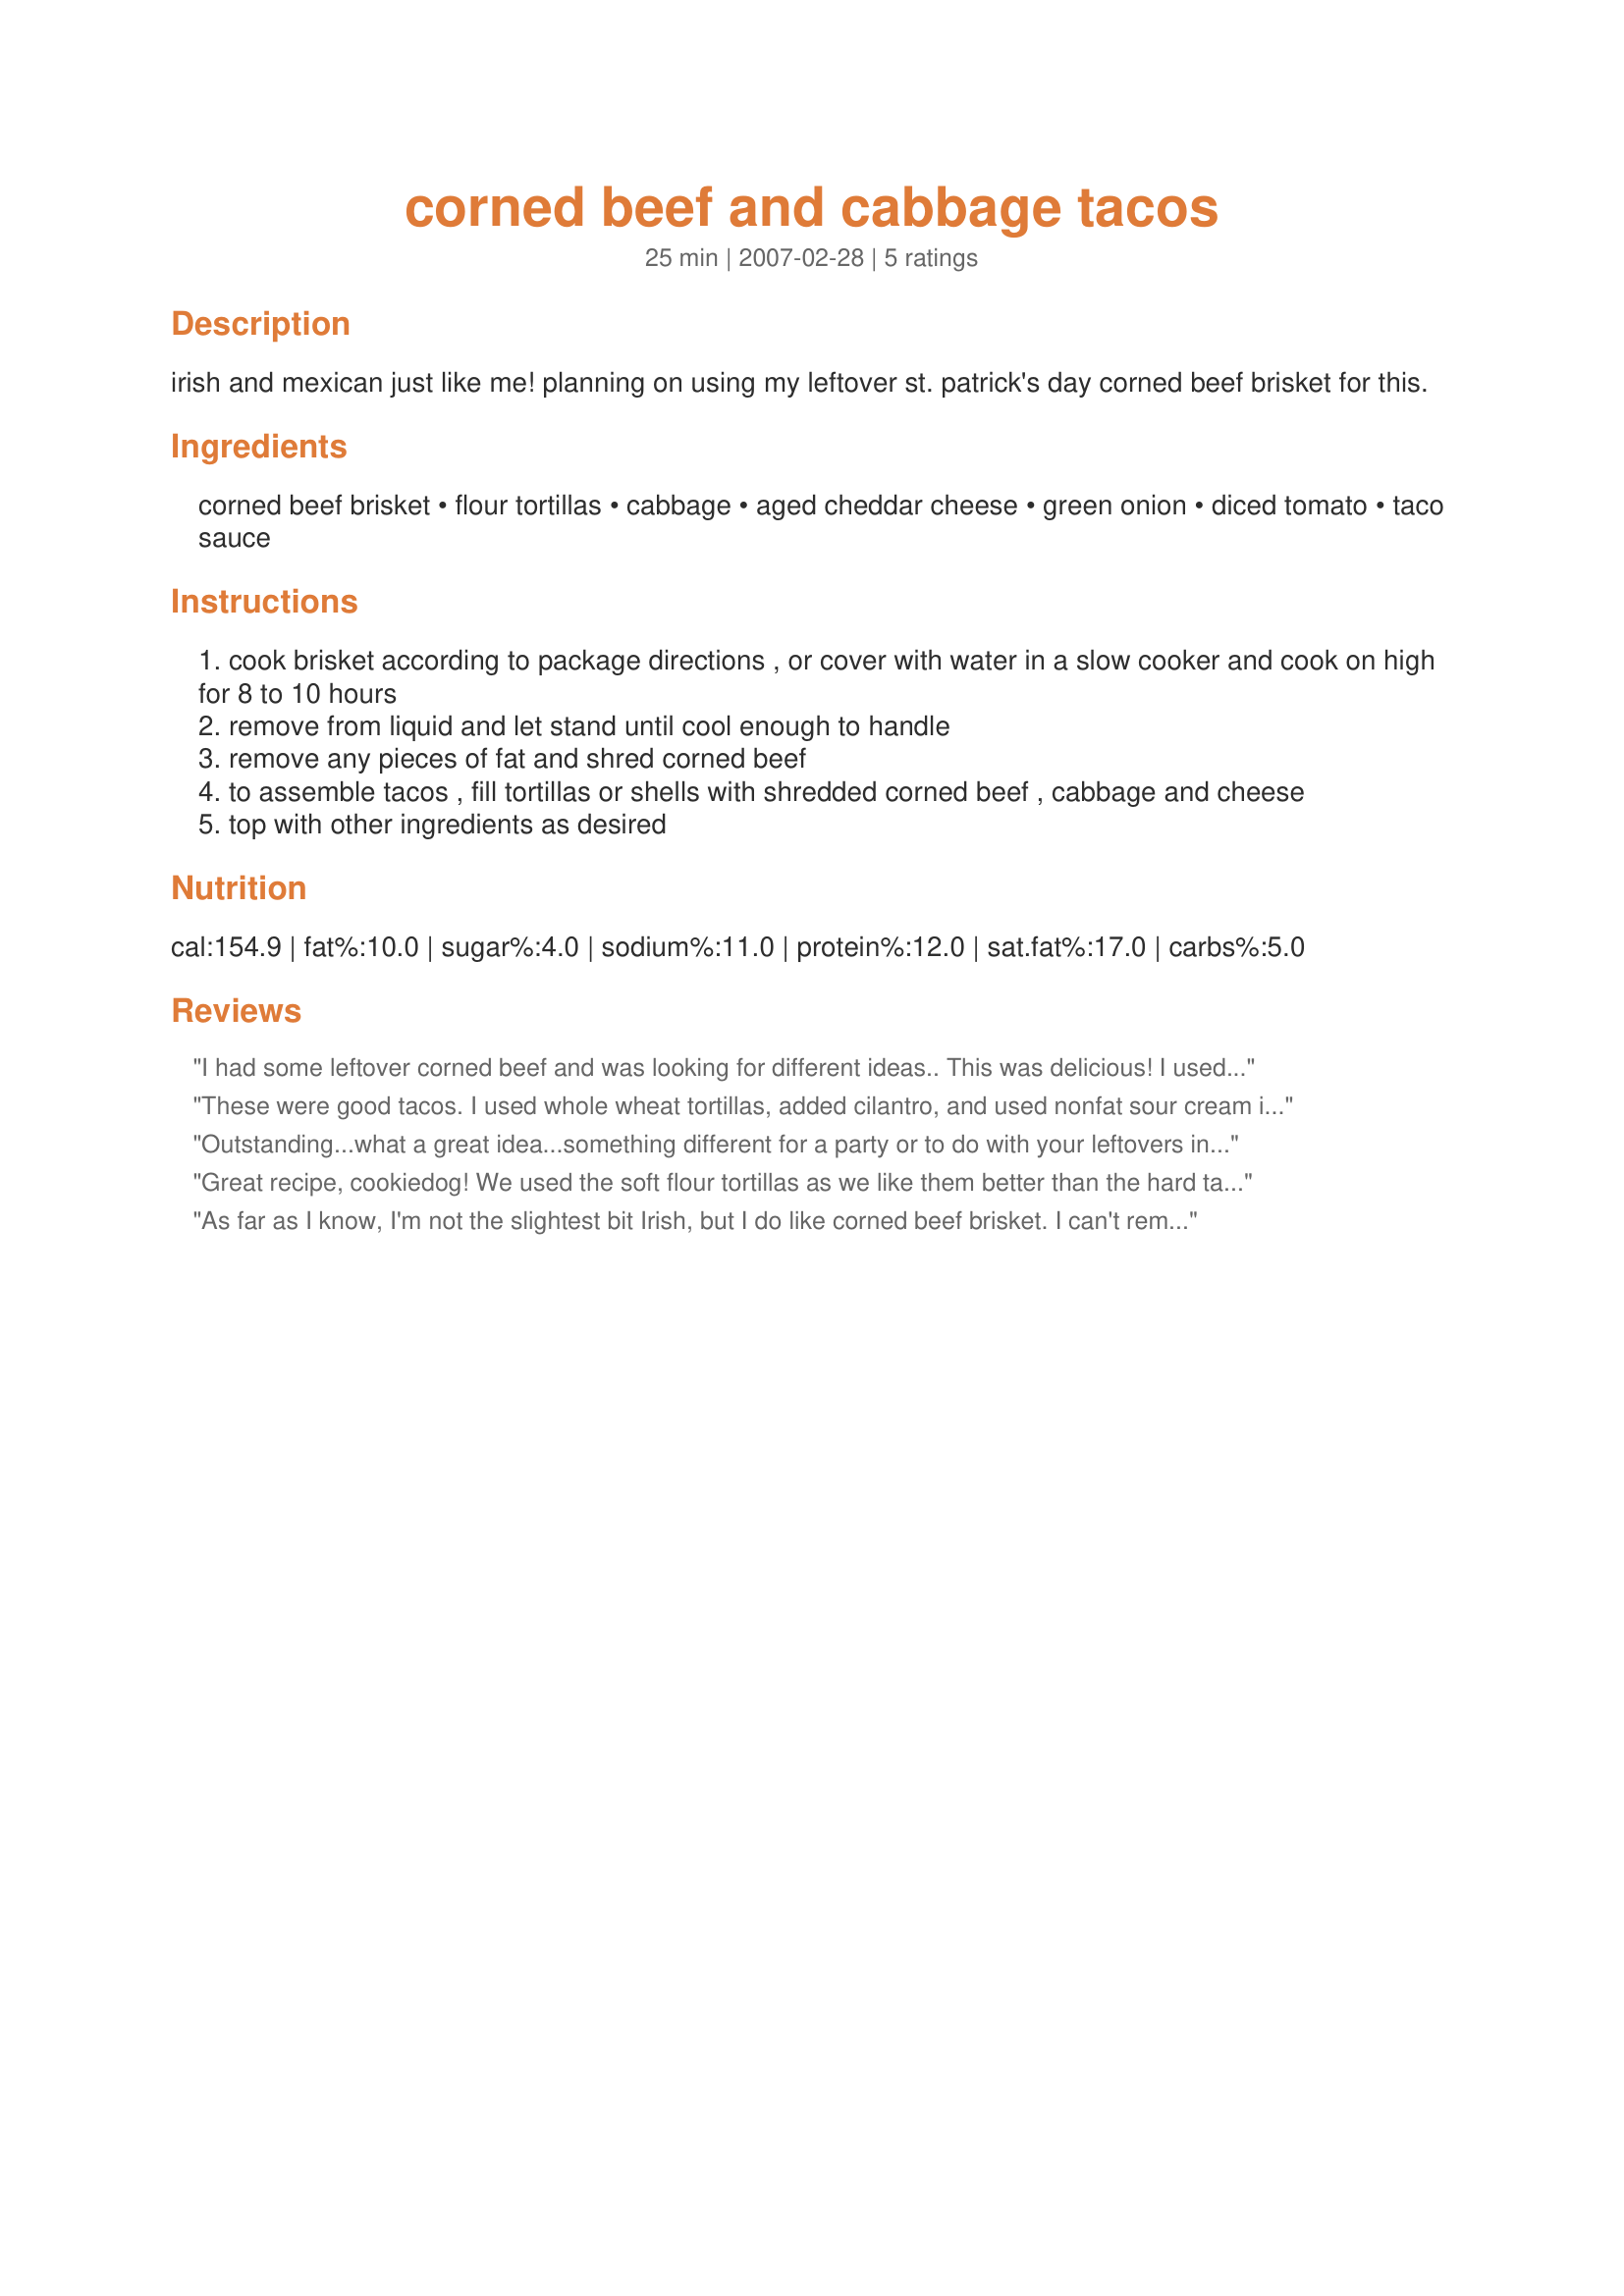
corned beef and cabbage tacos
Preparation time: 25 minutes

irish and mexican just like me! planning on using my leftover st. patrick's day corned beef brisket for this.

Ingredients:
corned beef brisket, flour tortillas, cabbage, aged cheddar cheese, green onion, diced tomato, taco sauce

Steps:
cook brisket according to package directions , or cover with water in a slow cooker and cook on high for 8 to 10 hours
remove from liquid and let stand until cool enough to handle
remove any pieces of fat and shred corned beef
to assemble tacos , fill tortillas or shells with shredded corned beef , cabbage and cheese
top with other ingredients as desired

Reviews:
I had some leftover corned beef and was looking for different ideas.. This was delicious! I used red onion (only because I didn't have any green) Instead of taco sauce, I used horseradish which really complimented the corned beef. Will definitely make these again! Great idea!
These were good tacos. I used whole wheat tortillas, added cilantro, and used nonfat sour cream instead of the cheese. The only thing I would caution on is not overfilling these with the meat, as the saltiness overpowers the other ingredients. Thanks, cookiedog!
Outstanding...what a great idea...something different for a party or to do with your leftovers instead of reuben sandwiches. This would also be a good alternative to traditional corned beef and cabbage if some of your guests are not "meat" people because they could use alternative fillings. Fish tacos with cabbage are always yummy. Happy St. Patrick's Day!
Great recipe, cookiedog! We used the soft flour tortillas as we like them better than the hard tacos. We used two types of cheeses, aged cheddar and asiago to get more of a bite. We used salsa as the sauce. These were fantastic and all but my youngest loved them! Very easy to make~ love those crock pot recipes.
As far as I know, I'm not the slightest bit Irish, but I do like corned beef brisket. I can't remember if I made it for St. Patty's Day or New Years day a couple years ago. I'm not sure what the &quot;traditional&quot; way to set it up is, but I make my cabbage sauteed in bacon fat, salt, pepper and garlic. So I just throw all that on a tortilla with some shreadded corned beef brisket. Nothing more, nothing less. delicious.
